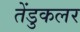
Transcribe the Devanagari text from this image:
तेंडुकलर